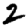
Digit: 2